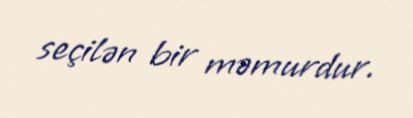
seçilən bir məmurdur.